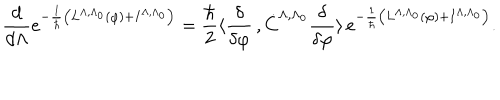
\frac { d } { d \Lambda } e ^ { - \frac { 1 } { \hbar } \left( L ^ { \Lambda , \Lambda _ { 0 } } ( \varphi ) + I ^ { \Lambda , \Lambda _ { 0 } } \right) } = \frac { \hbar } { 2 } \langle \frac { \delta } { \delta \varphi } \, , \dot { C } ^ { \Lambda , \Lambda _ { 0 } } \frac { \delta } { \delta \varphi } \rangle \, e ^ { - \frac { 1 } { \hbar } \left( L ^ { \Lambda , \Lambda _ { 0 } } ( \varphi ) + I ^ { \Lambda , \Lambda _ { 0 } } \right) } .